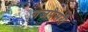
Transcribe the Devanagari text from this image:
गजपेसरी